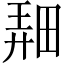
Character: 𤲌